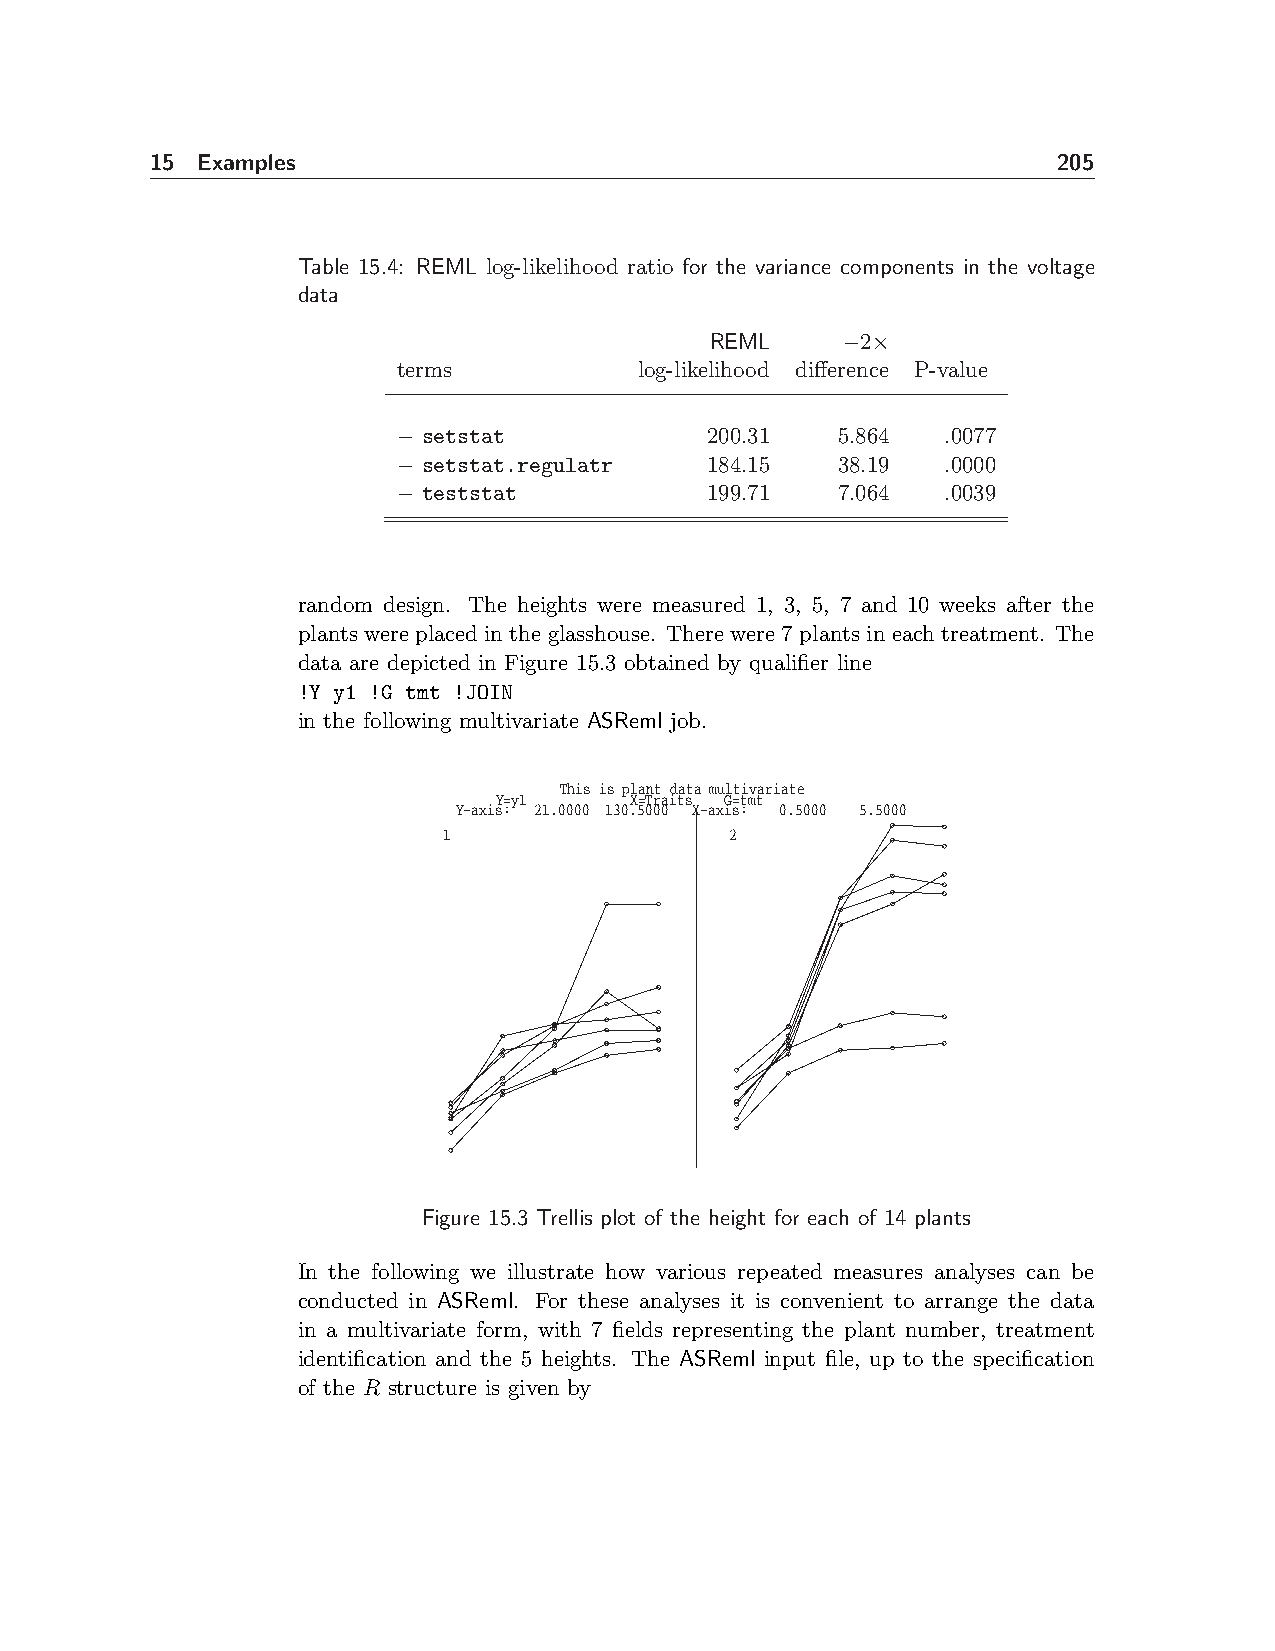
15 Examples                                                 205
 Table 15.4: REML log-likelihood ratio for the variance components in the voltage
 data
 REML     −2×
 terms           log-likelihood difference P-value
 − setstat            200.31  5.864   .0077
 − setstat.regulatr   184.15  38.19   .0000
 − teststat           199.71  7.064   .0039
 random design. The heights were measured 1, 3, 5, 7 and 10 weeks after the
 plants were placed in the glasshouse. There were 7 plants in each treatment. The
 data are depicted in Figure 15.3 obtained by qualifier line
 !Y y1 !G tmt !JOIN
 in the following multivariate ASReml job.
 This is plant data multivariate
 Y=y1     X=Traits G=tmt
 Y−axis: 21.0000 130.5000 X−axis: 0.5000 5.5000
 1                  2
 Figure 15.3 Trellis plot of the height for each of 14 plants
 In the following we illustrate how various repeated measures analyses can be
 conducted in ASReml. For these analyses it is convenient to arrange the data
 in a multivariate form, with 7 fields representing the plant number, treatment
 identification and the 5 heights. The ASReml input file, up to the specification
 of the R structure is given by